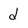
Character: d